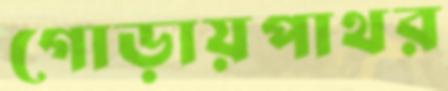
গোড়ায়পাথর